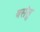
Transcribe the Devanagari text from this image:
वसंतु